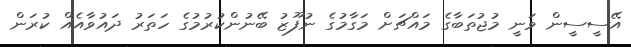
އޭސީސީން ވަނީ މުޖުތަބާގެ މައްޗަށް މަގާމުގެ ނުފޫޒު ބޭނުންކުރުމުގެ ހަތަރު ދައުވާއެއް ކުރަން